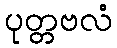
ပုတ္တဗလံ